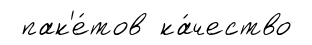
пак'е́тов ка́чество